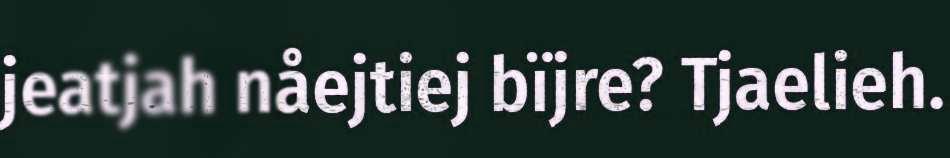
jeatjah nåejtiej bïjre? Tjaelieh.